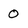
Character: 0